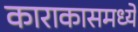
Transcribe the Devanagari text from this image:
काराकासमध्ये